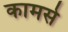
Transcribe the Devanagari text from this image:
कामसे